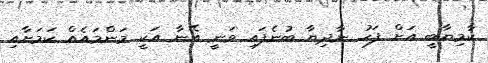
ކާމިޔާބީ އަށް ފަހު ނާދިޔާ ބުނެފައި ވަނީ އޭނާ އަކީ މަންމައެއް ކަމަށާއި